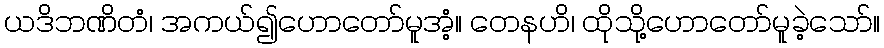
ယဒိဘဏိတံ၊ အကယ်၍ဟောတော်မူအံ့။ တေနဟိ၊ ထိုသို့ဟောတော်မူခဲ့သော်။